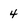
Character: 4